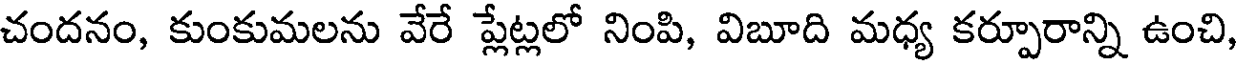
చందనం, కుంకుమలను వేరే ప్లేట్లలో నింపి, విబూది మధ్య కర్పూరాన్ని ఉంచి,